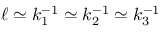
\ell \simeq k _ { 1 } ^ { - 1 } \simeq k _ { 2 } ^ { - 1 } \simeq k _ { 3 } ^ { - 1 }